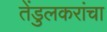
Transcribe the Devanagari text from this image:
तेंडुलकरांचा